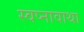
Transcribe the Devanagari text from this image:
स्वप्नावाथा